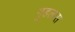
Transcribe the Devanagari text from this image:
गुडलास